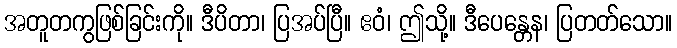
အတူတကွဖြစ်ခြင်းကို။ ဒီပိတာ၊ ပြအပ်ပြီ။ ဧဝံ၊ ဤသို့။ ဒီပေန္တေန၊ ပြတတ်သော။